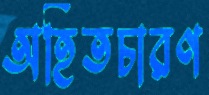
অহিতচারণ